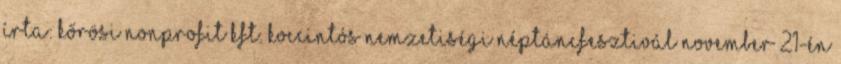
Írta: Kőrösi Nonprofit Kft. Koccintós Nemzetiségi Néptáncfesztivál november 21-én